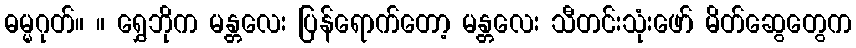
ဓမ္မဂုတ်။ ။ ရွှေဘိုက မန္တလေး ပြန်ရောက်တော့ မန္တလေး သီတင်းသုံးဖော် မိတ်ဆွေတွေက